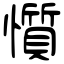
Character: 懫